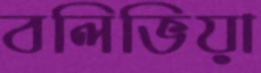
বলিভিয়া